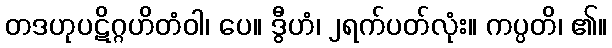
တဒဟုပဋိဂ္ဂဟိတံဝါ၊ ပေ။ ဒွီဟံ၊ ၂ရက်ပတ်လုံး။ ကပ္ပတိ၊ ၏။